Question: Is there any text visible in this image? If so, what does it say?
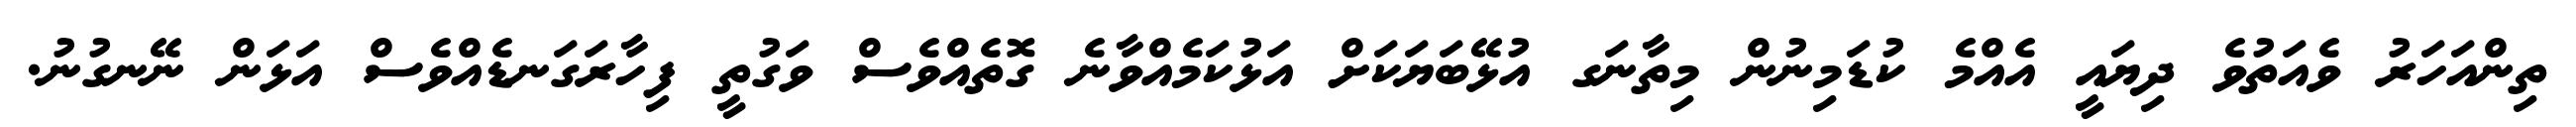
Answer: ތިންއަހަރު ވެއަތުވެ ދިޔައީ އެއްމެ ކުޑަމިނުން މިތާނަގ އުޅޭބަޔަކަށް އަޅުކަމެއްވާނެ ގޮތެއްވެސް ވަގުތީ ފިހާރަގަނޑެއްވެސް އަޅަން ނޭނގުނު.